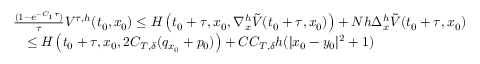
\begin{array} { r l } & { \frac { ( 1 - e ^ { - C _ { 1 } \tau } ) } \tau V ^ { \tau , h } ( t _ { 0 } , x _ { 0 } ) \leq H \left( t _ { 0 } + \tau , x _ { 0 } , \nabla _ { x } ^ { h } \tilde { V } ( t _ { 0 } + \tau , x _ { 0 } ) \right) + N h \Delta _ { x } ^ { h } \tilde { V } ( t _ { 0 } + \tau , x _ { 0 } ) } \\ & { \quad \leq H \left( t _ { 0 } + \tau , x _ { 0 } , 2 C _ { T , \delta } ( q _ { x _ { 0 } } + p _ { 0 } ) \right) + C C _ { T , \delta } h ( | x _ { 0 } - y _ { 0 } | ^ { 2 } + 1 ) } \end{array}